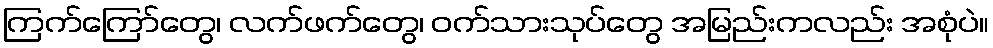
ကြက်ကြော်တွေ၊ လက်ဖက်တွေ၊ ဝက်သားသုပ်တွေ အမြည်းကလည်း အစုံပဲ။